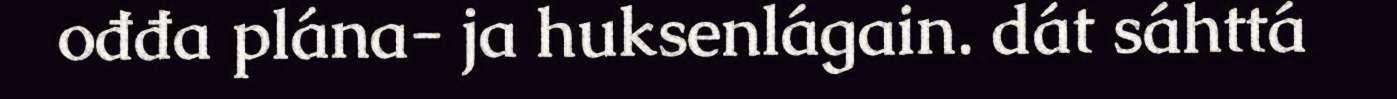
ođđa plána- ja huksenlágain. dát sáhttá